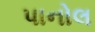
પાનોલ